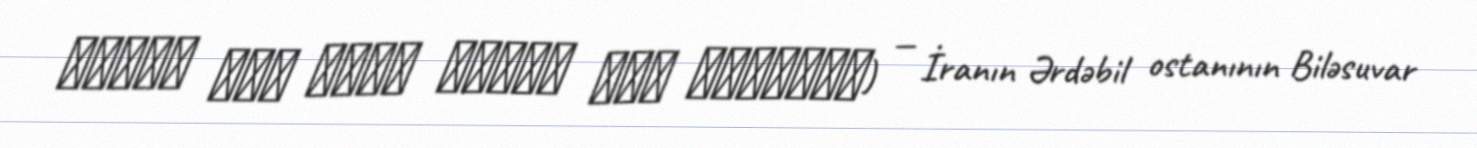
قشلاق خان حسين ودلان حاج محمدتقي) — İranın Ərdəbil ostanının Biləsuvar